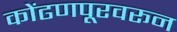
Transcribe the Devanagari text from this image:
कोंढणपूरवरून